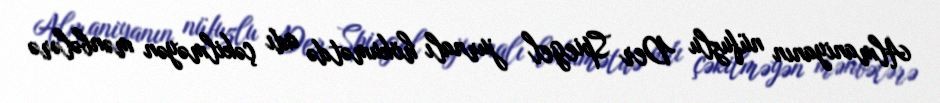
Almaniyanın nüfuzlu Der Spiegel jurnalı hökumətdə adı çəkilməyən mənbələrə